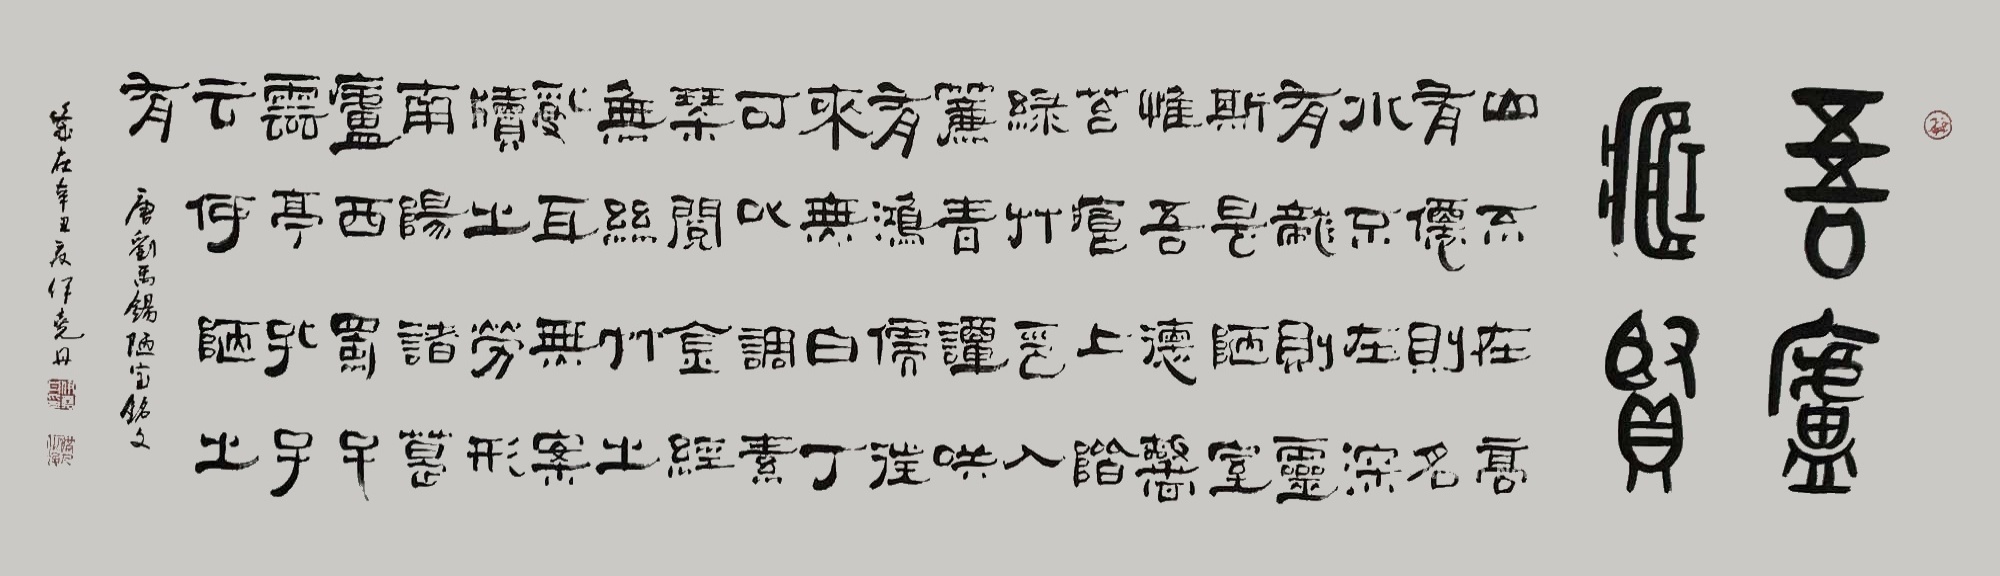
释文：山不在高，有仙则名。水不在深，有龙则灵。斯是陋室，惟吾德馨。苔痕上阶绿，草色入帘青。谈笑有鸿儒，往来无白丁。可以调素琴，阅金经。无丝竹之乱耳，无案牍之劳形。南阳诸葛庐，西蜀子云亭。孔子云：何陋之有？伊尧丹2021年作